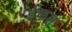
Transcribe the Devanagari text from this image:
ईफ़ल